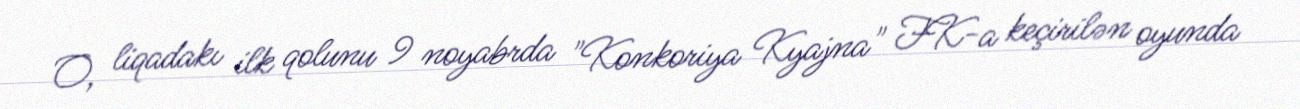
O, liqadakı ilk qolunu 9 noyabrda "Konkoriya Kyajna" FK-a keçirilən oyunda